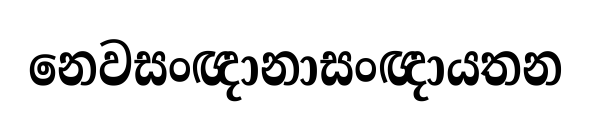
නෙවසංඥානාසංඥායතන